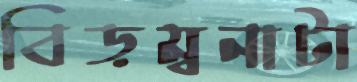
বিড়ম্বনাটা